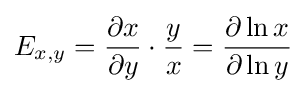
E_{x,y}={\frac {\partial x}{\partial y}}\cdot {\frac {y}{x}}={\frac {\partial \ln x}{\partial \ln y}}